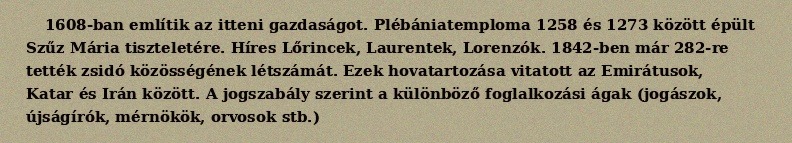
1608-ban említik az itteni gazdaságot. Plébániatemploma 1258 és 1273 között épült Szűz Mária tiszteletére. Híres Lőrincek, Laurentek, Lorenzók. 1842-ben már 282-re tették zsidó közösségének létszámát. Ezek hovatartozása vitatott az Emirátusok, Katar és Irán között. A jogszabály szerint a különböző foglalkozási ágak (jogászok, újságírók, mérnökök, orvosok stb.)